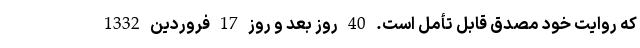
که روایت خود مصدق قابل تأمل است. 40 روز بعد و روز 17 فروردین 1332